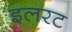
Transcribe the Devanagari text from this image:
इलरट